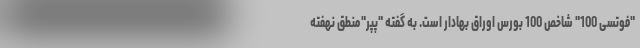
"فوتسی 100" شاخص 100 بورس اوراق بهادار است. به گفته "پپر"منطق نهفته